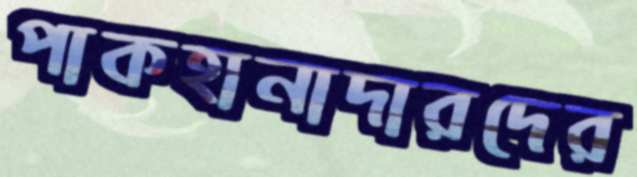
পাকহানাদারদের